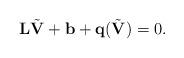
LaTeX: \begin{align*}\mathbf L\tilde{\mathbf V} + \mathbf b + \mathbf q(\tilde{\mathbf V}) = 0.\end{align*}